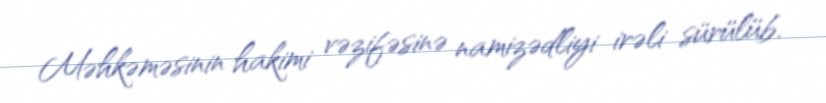
Məhkəməsinin hakimi vəzifəsinə namizədliyi irəli sürülüb.